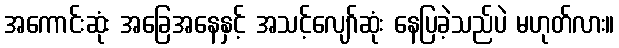
အကောင်းဆုံး အခြေအနေနှင့် အသင့်လျော်ဆုံး နေပြခဲ့သည်ပဲ မဟုတ်လား။